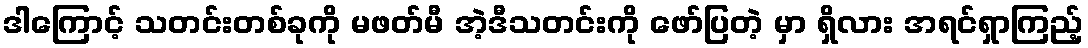
ဒါကြောင့် သတင်းတစ်ခုကို မဖတ်မီ အဲ့ဒီသတင်းကို ဖော်ပြတဲ့ မှာ ရှိလား အရင်ရှာကြည့်